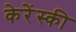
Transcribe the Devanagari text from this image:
केरेंस्की